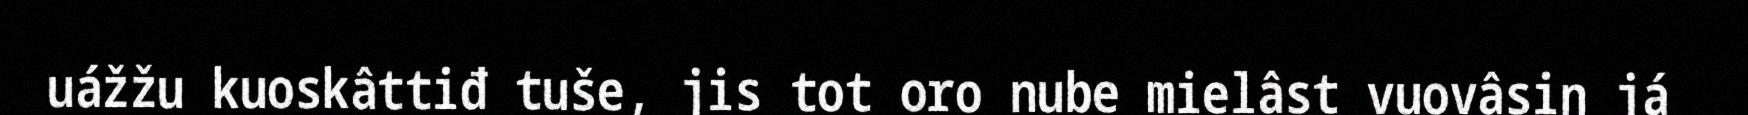
uážžu kuoskâttiđ tuše, jis tot oro nube mielâst vuovâsin já